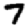
Digit: 7